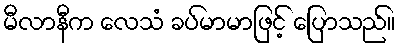
မီလာနီက လေသံ ခပ်မာမာဖြင့် ပြောသည်။